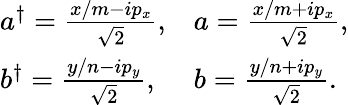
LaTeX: \begin{array}{ll}{{a^{\dagger}=\frac{x/m-ip_{x}}{\sqrt{2}},}}&{{a=\frac{x/m+ip_{x}}{\sqrt{2}},}}\\ {{b^{\dagger}=\frac{y/n-ip_{y}}{\sqrt{2}},}}&{{b=\frac{y/n+ip_{y}}{\sqrt{2}}.}}\end{array}